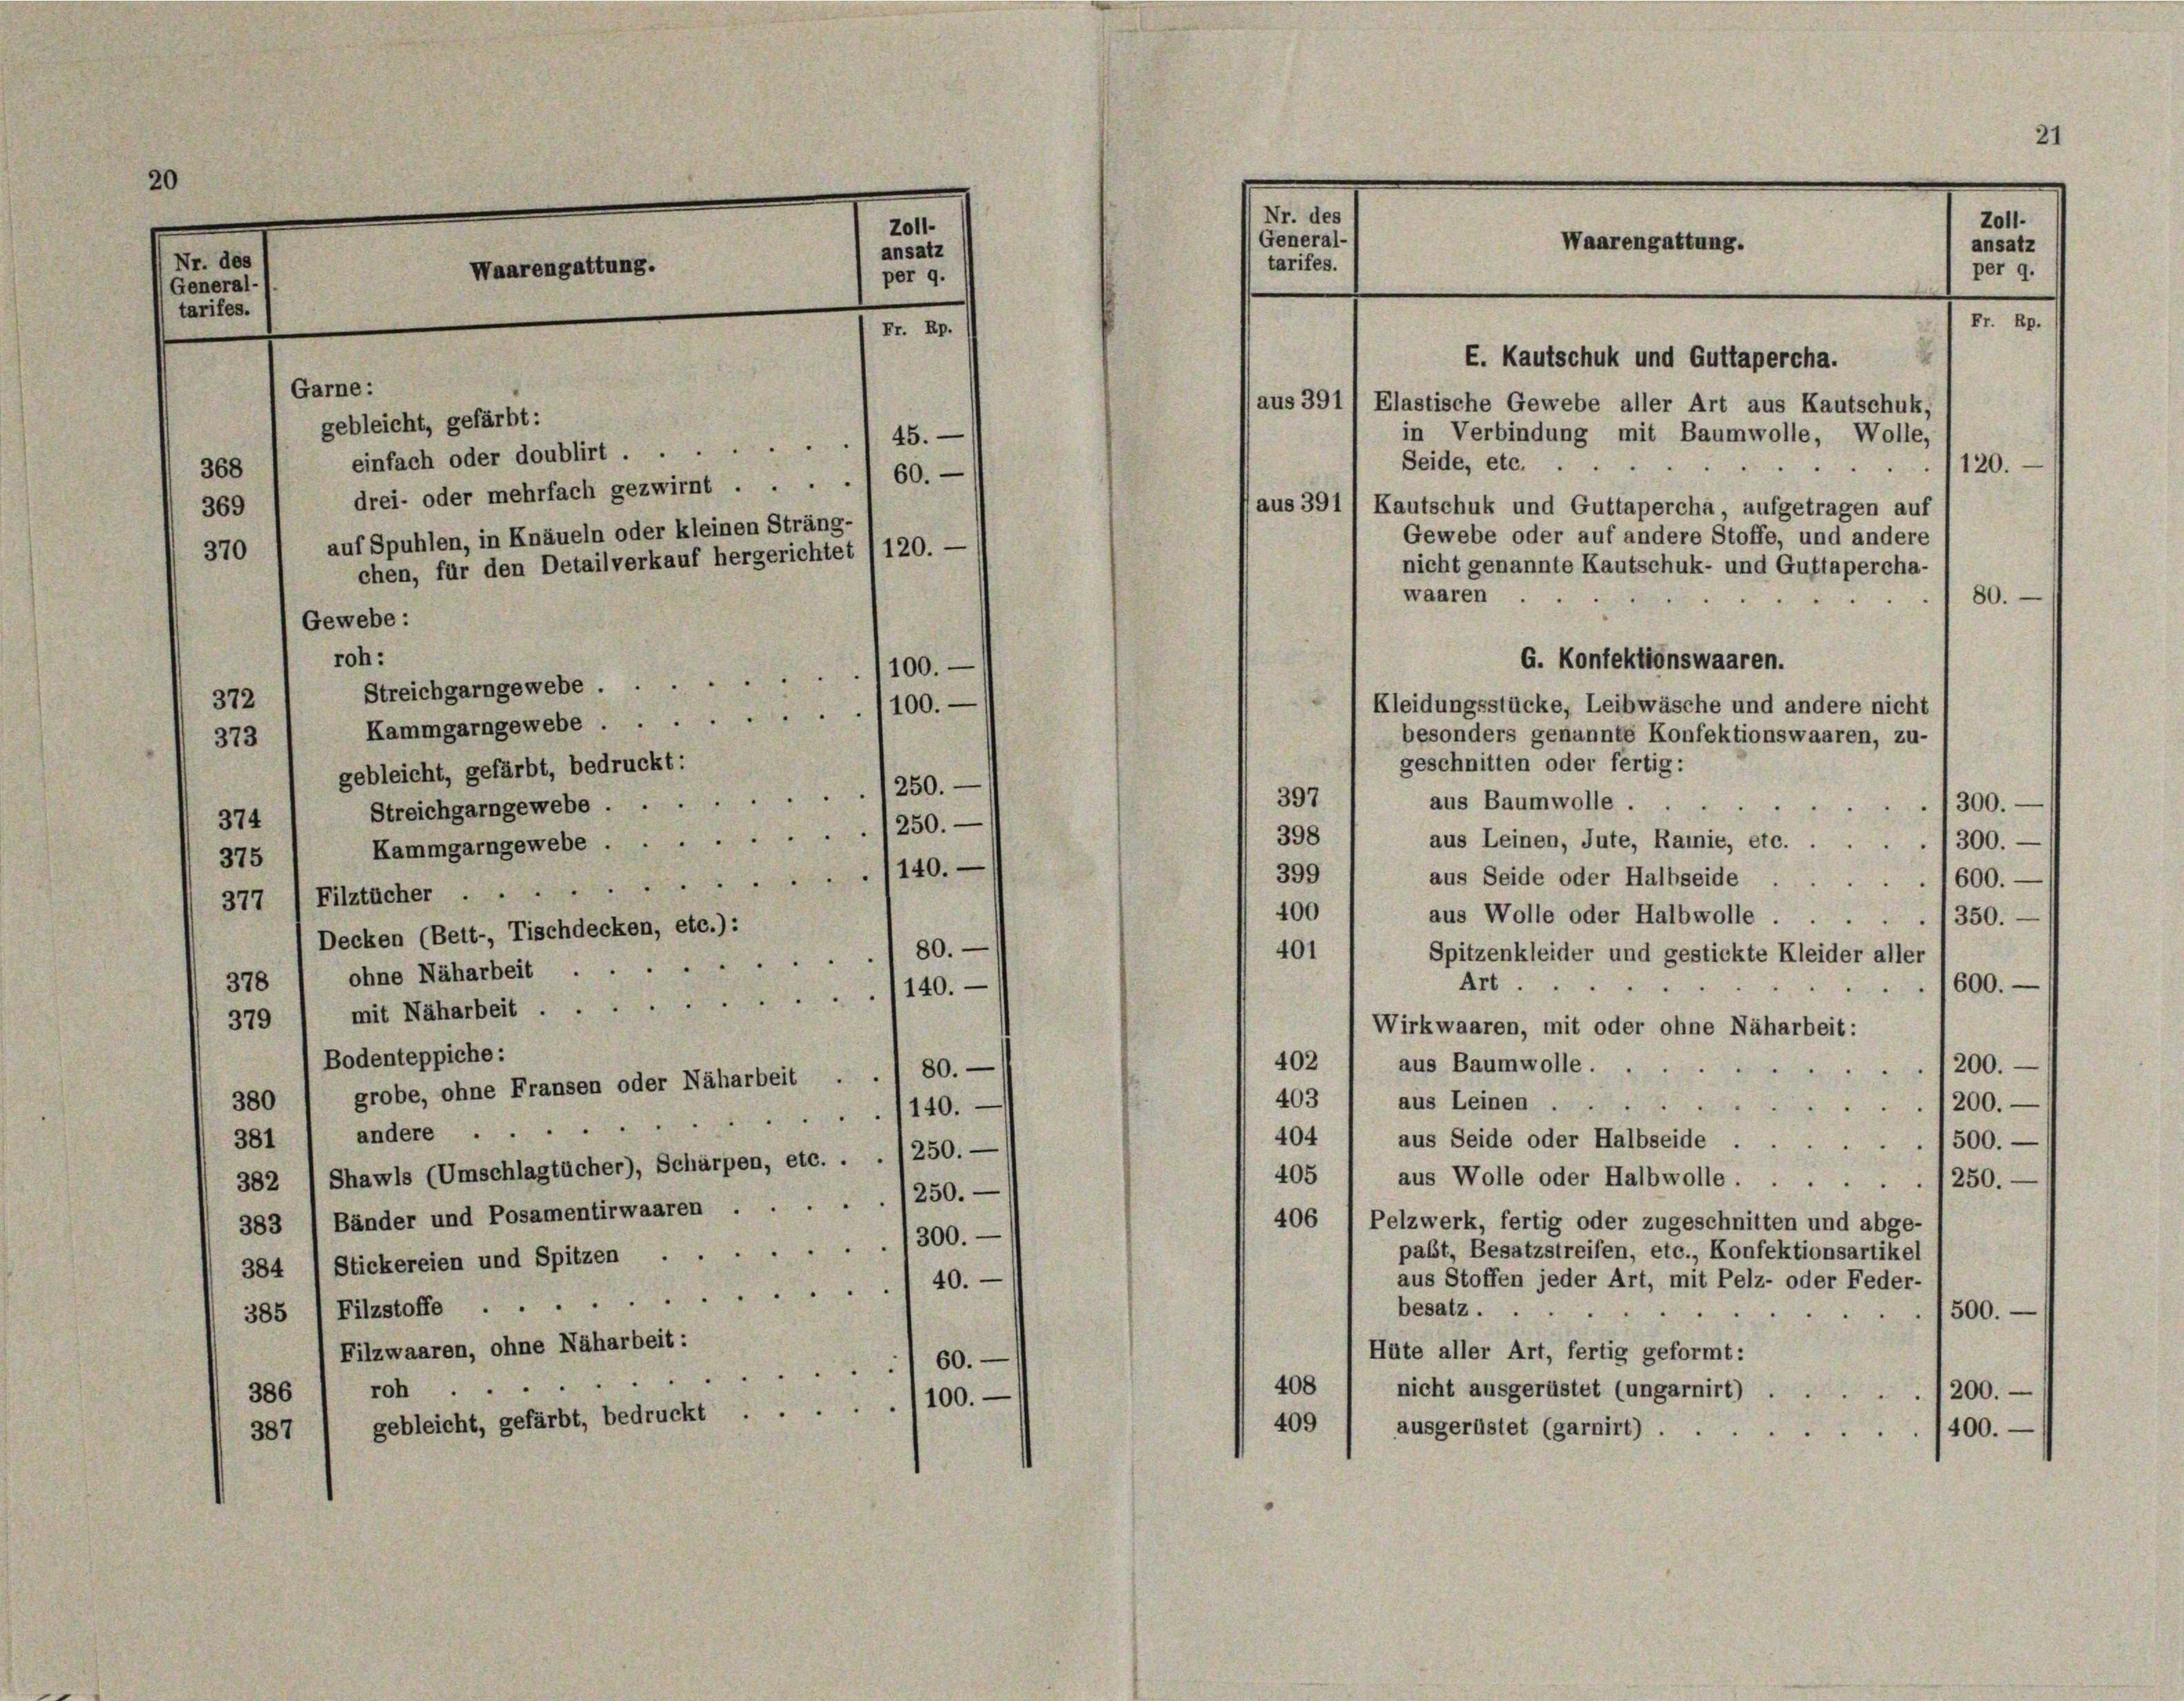
0

Z011.
ansatz
Nr. des
Waarengattung.
per 9.
General-
tarifes.

Garn,

drei- oder mehrfach gezwirnt .... 160. —

21
General-
Waarengattung.
Fr. Rp.
E. Kautschuk und Guttapercha.
aus 391) Elastische Gewebe aller Art aus Kautschuk,
in Verbindung mit Baumwolle, Wolle,
Seide, etc.
120.
aus 391) Kautschuk und Guttapercha aufgetragen auf
Gewebe oder auf andere Stoffe, und andere
nicht genannte Kautschuk- und Guttapercha-
waaren
80.

Nr. des
tarifes.

G. Konfektionswaaren.
Kleidungsstücke, Leibwäsche und andere nicht

Zoll
ansatz
per 9.

gebleicht, gefärbt:
einfach oder doublirt. 45.
368
369
370 1 auf Spuhlen, in Knäueln oder kleinen Sträng-
chen, für den Detailverkauf hergerichtet 1120. —
Gewebe:
roh:
1100.
Streichgarngewebe . .
372
Kammgarngewebe/100.
besonders genannte Konfektionswaaren, zu-
373
geschnitten oder fertig:
gebleicht, gefärbt, bedruckt:
1250.
397
aus Baumwolle.
/300.
Streichgarngewebe ...
374
398
Kammgarngewebe 1250.
aus Leinen, Jute, Rainie, etc.
1300.
375
140.
399
aus Seide oder Halbseide
1600.
377 /Filztucher
400
aus Wolle oder Halbwolle.
1350.
Decken (Bett-, Tischdecken, etc.):
401
80.
Spitzenkleider und gestickte Kleider aller
378 1 ohne Näharbeit
Art.
600.
6
/140.
379 1 mit Naharbeit ...
Wirkwaaren, mit oder ohne Näharbeit:
Bodenteppiche:
402) aus Baumwolle 1200.
grobe, ohne Fransen oder Näharbeit . . 1 80. —
403
380
aus Leinen
1200.
140.
381 " andere ..
404 / aus Seide oder Halbseide 500.
382 1 Shawls (Umschlagtücher), Schärpen, etc. . . /250.-
405 / aus Wolle oder Halbwolle/250.
383 / Bänder und Posamentirwaaren./250. —
406 ) Pelzwerk, fertig oder zugeschnitten und abge-
pabt, Besatzstreifen, etc., Konfektionsartikel
384 1 Stickereien und Spitzen/300.
aus Stoffen jeder Art, mit Pelz- oder Feder-
40.
385 / Filzstoffe
besatz.
1500.
Filzwaaren, ohne Näharbeit:
Hüte aller Art, fertig geformt:
60.
408
roh.
nicht ausgerüstet (ungarnirt)
1200.
386
gebleicht, gefärbt, bedruckt. 1100.-
409
ausgerüstet (garnirt)
400.
.
387